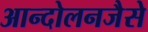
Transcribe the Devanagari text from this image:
आन्दोलनजैसे